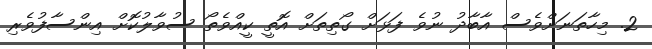
2. މިހާތަނަށްވެސް އާބާދު ނުވެ ފަޅަށް ގޯތިތަށް އޮތީ ކީއްވެތޯ ސުވާލުކޮށް އިންސާފުވެރި